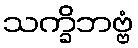
သက္ခိဘဗ္ဗံ